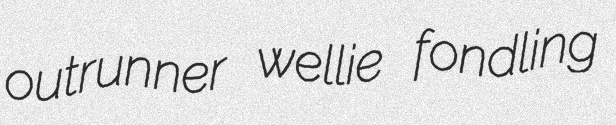
outrunner wellie fondling